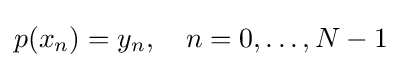
p(x_{n})=y_{n},\quad n=0,\ldots ,N-1